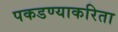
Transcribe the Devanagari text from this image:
पकडण्याकरिता